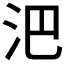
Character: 𣲩